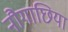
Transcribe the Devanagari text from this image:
नौगाछिया